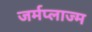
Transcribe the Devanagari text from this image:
जर्मप्लाज्म